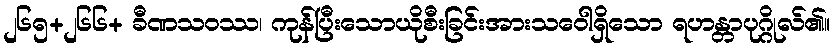
၂၆၅+၂၆၆+ ခီဏသဝဿ၊ ကုန်ပြီးသောယိုစီးခြင်းအားသဝေါရှိသော ရဟန္တာပုဂ္ဂိုလ်၏။